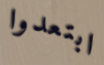
ابتعدوا